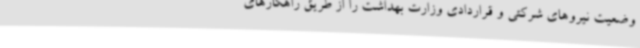
وضعیت نیروهای شرکتی و قراردادی وزارت بهداشت را از طریق راهکارهای